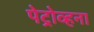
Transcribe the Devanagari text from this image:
पेट्रोव्हना